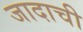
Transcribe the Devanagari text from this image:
जादाची